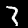
Label: 3